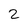
Character: 2